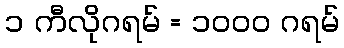
၁ ကီလိုဂရမ် = ၁၀၀၀ ဂရမ်